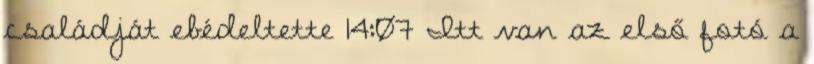
családját ebédeltette 14:07 Itt van az első fotó a